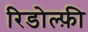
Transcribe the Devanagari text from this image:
रिडोल्फ़ी